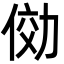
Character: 俲